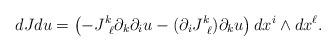
LaTeX: \begin{align*}dJdu = \left(- J^k_{\ \ell} \partial_k \partial_{i} u - (\partial_{i} J^k_{\ \ell} ) \partial_k u \right) dx^{i} \wedge dx^{\ell}.\end{align*}